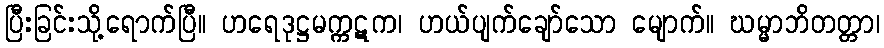
ပြီးခြင်းသို့ရောက်ပြီ။ ဟရေဒုဋ္ဌမက္ကဋက၊ ဟယ်ပျက်ချော်သော မျောက်။ ဃမ္မာဘိတတ္တာ၊